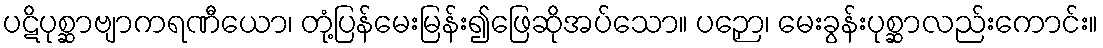
ပဋိပုစ္ဆာဗျာကရဏီယော၊ တုံ့ပြန်မေးမြန်း၍ဖြေဆိုအပ်သော။ ပဉှော၊ မေးခွန်းပုစ္ဆာလည်းကောင်း။